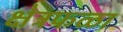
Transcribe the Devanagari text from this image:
क्षेत्रफळा